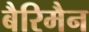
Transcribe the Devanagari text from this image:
बैरिमैन